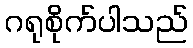
ဂရုစိုက်ပါသည်